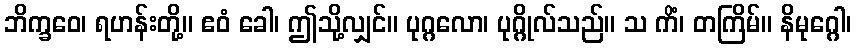
ဘိက္ခဝေ၊ ရဟန်းတို့။ ဧဝံ ခေါ၊ ဤသို့လျှင်။ ပုဂ္ဂလော၊ ပုဂ္ဂိုလ်သည်။ သ ကိံ၊ တကြိမ်။ နိမုဂ္ဂေါ၊